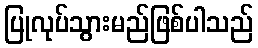
ပြုလုပ်သွားမည်ဖြစ်ပါသည်